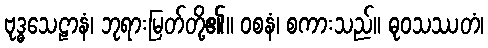
ဗုဒ္ဓသေဠာနံ၊ ဘုရားမြတ်တို့၏။ ဝစနံ၊ စကားသည်။ ဓုဝသဿတံ၊